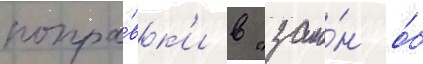
попра́вк'и в "зако́н о́б